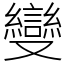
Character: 𠮓